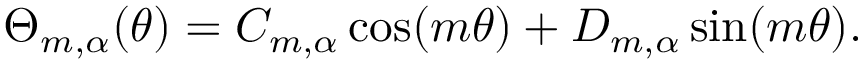
\Theta _ { m , \alpha } ( \theta ) = C _ { m , \alpha } \cos ( m \theta ) + D _ { m , \alpha } \sin ( m \theta ) .